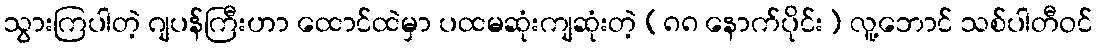
သွားကြပါတဲ့ ဂျပန်ကြီးဟာ ထောင်ထဲမှာ ပထမဆုံးကျဆုံးတဲ့ (၈၈ နောက်ပိုင်း) လူ့ဘောင် သစ်ပါတီဝင်